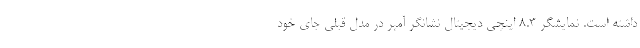
داشته است. نمایشگر 8.3 اینچی دیجیتال نشانگر آمپر در مدل قبلی جای خود